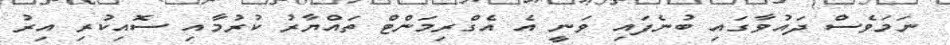
ނަމަވެސް ދައުވާގައި ބުނެފައި ވަނީ އެ އެގްރިމަންޓް ތައްޔާރުު ކުރުމާއި ސޮއިކުރި އިރު